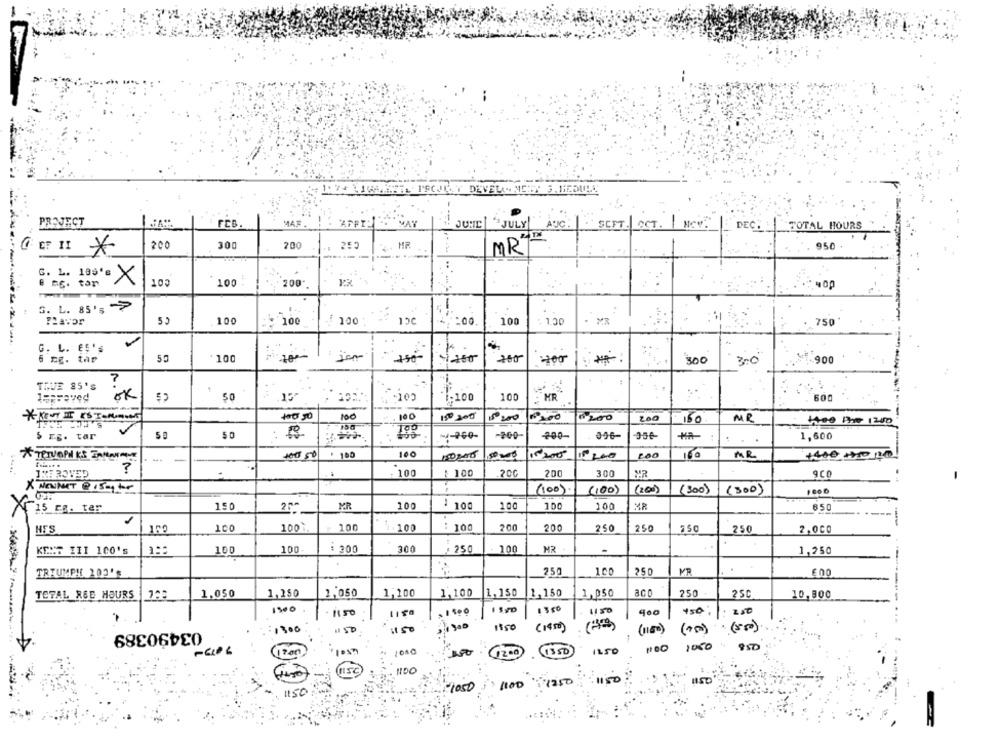
THIS PROJECT DEVELO MEET & . MEDULA
....
PROJECT
FCB.
JUNE
"JULY
AUG.
SCFT. OCT. NOW.
DEC.
TOTAL HOURS
200
300
200
950
4 HR
MR
G. L. 199's X
e m6. tan
103
100
200
G. L. 85's
>
55
100
1ºC
100
100
100
: 1.30
750
G. L. E5's
100
50
100
200
300
300
.900
7
TIVE 85'S
ok
50
1-100
100
- HR
600
+40 50
120 200
200
MR
5 r.g. tar
-4-260-
-200-
HA
1,600
.-..
100
MR
?
: 100
: 100
.200
200
300
MR
9CO
X NENNT @Isator
(100).
(100)
(200)
(300)
(300)
150
MR
100
: 100
100
MR
15 cm. ter
100
100
650
100
100%
100
100
: 100
. ..
200
NTS
100
200
250
250
250
250
2,000
KENT III 100's
100
100
$ 200
300
: 250
100
MR
1,250
250
100
250
MR
TRIUMPH 203'S
1.050
1,250
2,050
1,100
1,100
1, 150
1,150
1,050
aco
250
2SC
10,800
TOTAL ROE HOURS
1900
1350
1150
1150
450
280
03490389
# 50
1350
(1950)
(1180)
(100)
(2000)
1050
1000
1350
12.50
1100 : 7250
: 1150
1150
-1050